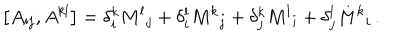
LaTeX: \left[ A _ { i j } , A ^ { k l } \right] = \delta _ { i } ^ { k } { M ^ { l } } _ { j } + \delta _ { i } ^ { l } { M ^ { k } } _ { j } + \delta _ { j } ^ { k } { M ^ { l } } _ { i } + \delta _ { j } ^ { l } { M ^ { k } } _ { i } \, .